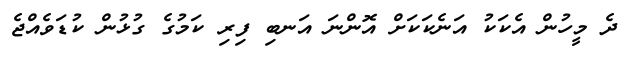
ދެ މީހުން އެކަކު އަނެކަކަށް އޮންނަ އަނބި ފިރި ކަމުގެ ގުޅުން ކުޑަވެއްޖެ